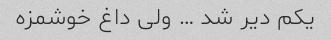
یکم دیر شد … ولی داغ خوشمزه